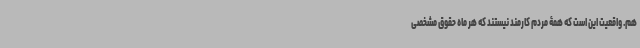
هم. واقعیت این است که همۀ مردم کارمند نیستند که هر ماه حقوق مشخصی